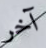
آخر